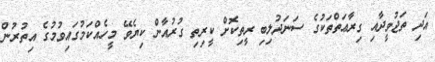
އަދި ތަޖުވީދާއި ގިރާޢަތްތަކުގެ ސަނަދުލިބި ރީތިކޮށް ކީރިތި ގުރުއާން ކިޔެވޭ މީހެއްކަމުގައިވުމުގެ އިތުރުން